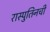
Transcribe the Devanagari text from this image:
रास्पुतिनची